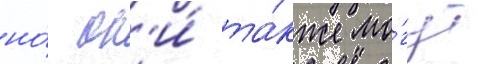
но́ он'и́ та́кже мо́гут